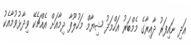
އަދި ނައިފަރު ދާއިރާގެ މެމްބަރު އަހްމަދު ޝިޔާމް މަހުލޫފާ ދިމާއަށް އެއްޗެކޭ ވިދާޅުވުމާއެކު